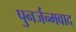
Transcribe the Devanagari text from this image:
पुनर्जन्मवाद